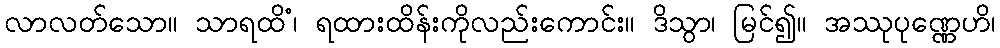
လာလတ်သော။ သာရထိံ၊ ရထားထိန်းကိုလည်းကောင်း။ ဒိသွာ၊ မြင်၍။ အဿုပုဏ္ဏေဟိ၊